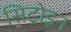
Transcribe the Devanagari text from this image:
सिट्रोइन